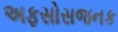
અફસોસજનક